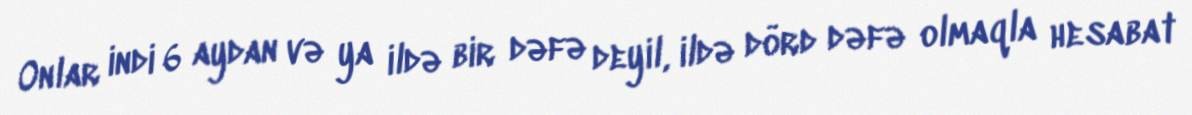
Onlar indi 6 aydan və ya ildə bir dəfə deyil, ildə dörd dəfə olmaqla hesabat